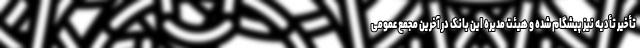
تأخیر تأدیه نیز پیشگام شده و هیئت مدیره این بانک در آخرین مجمع عمومی